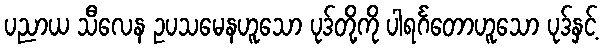
ပညာယ သီလေန ဥပသမေနဟူသော ပုဒ်တို့ကို ပါရင်္ဂတောဟူသော ပုဒ်နှင့်